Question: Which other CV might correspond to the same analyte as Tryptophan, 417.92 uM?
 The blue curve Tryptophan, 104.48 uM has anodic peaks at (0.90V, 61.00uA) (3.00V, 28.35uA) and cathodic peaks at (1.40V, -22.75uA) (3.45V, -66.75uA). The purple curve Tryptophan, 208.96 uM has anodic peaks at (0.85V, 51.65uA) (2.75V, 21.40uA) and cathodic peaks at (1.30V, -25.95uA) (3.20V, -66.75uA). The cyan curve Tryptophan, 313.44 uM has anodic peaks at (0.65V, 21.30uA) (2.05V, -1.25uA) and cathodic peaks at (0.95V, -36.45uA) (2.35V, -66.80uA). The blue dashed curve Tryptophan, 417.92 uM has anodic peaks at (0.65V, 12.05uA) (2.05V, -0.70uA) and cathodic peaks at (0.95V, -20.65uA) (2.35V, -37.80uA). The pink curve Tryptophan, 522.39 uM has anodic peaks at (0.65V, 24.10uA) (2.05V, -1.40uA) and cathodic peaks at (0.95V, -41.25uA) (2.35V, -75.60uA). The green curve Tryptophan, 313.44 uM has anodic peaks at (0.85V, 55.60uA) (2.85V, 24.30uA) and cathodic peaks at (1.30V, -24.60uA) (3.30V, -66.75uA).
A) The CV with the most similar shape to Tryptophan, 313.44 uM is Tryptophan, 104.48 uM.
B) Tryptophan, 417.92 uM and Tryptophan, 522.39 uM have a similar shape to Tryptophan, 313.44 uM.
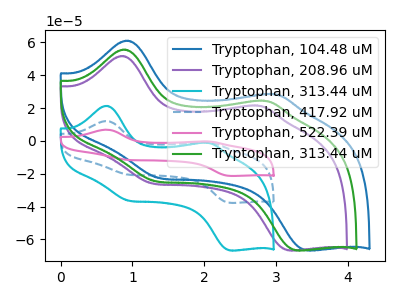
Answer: <think>"Tryptophan, 104.48 uM" and "Tryptophan, 208.96 uM" have at least one peak that do not match. "Tryptophan, 104.48 uM" and "Tryptophan, 313.44 uM" have at least one peak that do not match. "Tryptophan, 104.48 uM" and "Tryptophan, 417.92 uM" have at least one peak that do not match. "Tryptophan, 104.48 uM" and "Tryptophan, 522.39 uM" have at least one peak that do not match. "Tryptophan, 104.48 uM" and "Tryptophan, 313.44 uM" have at least one peak that do not match. "Tryptophan, 208.96 uM" and "Tryptophan, 313.44 uM" have at least one peak that do not match. "Tryptophan, 208.96 uM" and "Tryptophan, 417.92 uM" have at least one peak that do not match. "Tryptophan, 208.96 uM" and "Tryptophan, 522.39 uM" have at least one peak that do not match. "Tryptophan, 208.96 uM" and "Tryptophan, 313.44 uM" have at least one peak that do not match. All the peaks in "Tryptophan, 313.44 uM" have a peak in "Tryptophan, 417.92 uM" at the same potential. All the peaks in "Tryptophan, 313.44 uM" have a peak in "Tryptophan, 522.39 uM" at the same potential. "Tryptophan, 313.44 uM" and "Tryptophan, 313.44 uM" have at least one peak that do not match. All the peaks in "Tryptophan, 417.92 uM" have a peak in "Tryptophan, 522.39 uM" at the same potential. "Tryptophan, 417.92 uM" and "Tryptophan, 313.44 uM" have at least one peak that do not match. "Tryptophan, 522.39 uM" and "Tryptophan, 313.44 uM" have at least one peak that do not match.
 </think>
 <answer>B) "Tryptophan, 417.92 uM" and "Tryptophan, 522.39 uM" have a similar shape to "Tryptophan, 313.44 uM".</answer>
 <eval>B</eval>